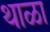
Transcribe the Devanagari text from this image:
थाळा